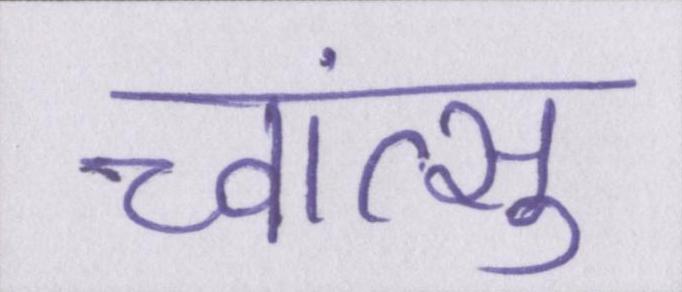
च्वांत्सु